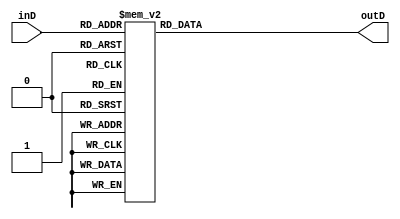
module one_digit(
    input wire [3:0] inD,
    output reg [6:0] outD
    );
	always @(*)
		case(inD)
			0:outD = 7'b1000000;
			1:outD = 7'b1111001;
			2:outD = 7'b0100100;
			3:outD = 7'b0110000;
			4:outD = 7'b0011001;
			5:outD = 7'b0010010;
			6:outD = 7'b0000010;
			7:outD = 7'b1111000;
			8:outD = 7'b0000000;
			9:outD = 7'b0010000;
			default: outD=7'b1111111;
		endcase
endmodule